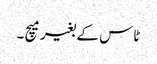
ٹاس کے بغیر میچ ۔